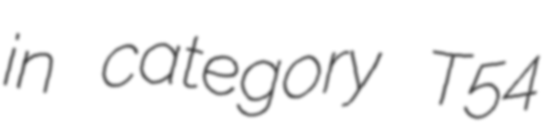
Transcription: in category T54